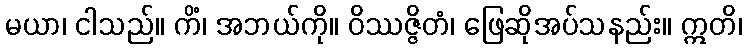
မယာ၊ ငါသည်။ ကိံ၊ အဘယ်ကို။ ဝိဿဇ္ဇိတံ၊ ဖြေဆိုအပ်သနည်း။ ဣတိ၊